Report of the Indian Hemp Drugs Commission, 1894-1895 - Volume I
Year: 1894
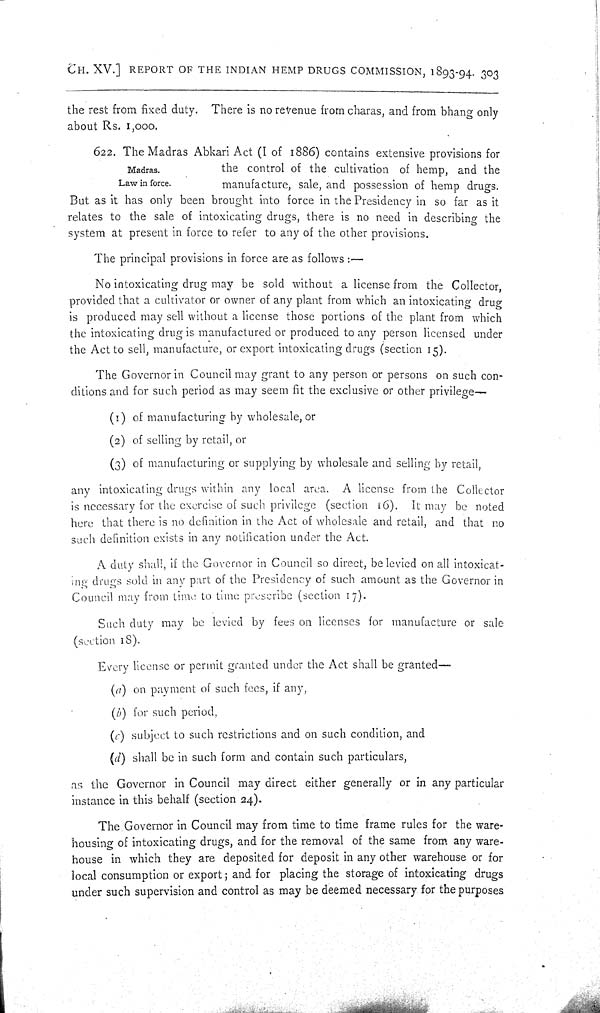
CH. XV.] REPORT OF THE INDIAN HEMP DRUGS COMMISSION, 1893-94. 303
the rest from fixed duty. There is no revenue from charas, and from bhang only
about Rs. 1,000.
Madras.
Law in force.
622. The Madras Abkari Act (1 of 1886) contains extensive provisions for
the control of the cultivation of hemp, and the
manufacture, sale, and possession of hemp drugs.
But as it has only been brought into force in the Presidency in so far as it
relates to the sale of intoxicating drugs, there is no need in describing the
system at present in force to refer to any of the other provisions.
The principal provisions in force are as follows:—
No intoxicating drug may be sold without a license from the Collector,
provided that a cultivator or owner of any plant from which an intoxicating drug
is produced may sell without a license those portions of the plant from which
the intoxicating drug is manufactured or produced to any person licensed under
the Act to sell, manufacture, or export intoxicating drugs (section 15).
The Governor in Council may grant to any person or persons on such con-
ditions and for such period as may seem fit the exclusive or other privilege—
(1) of manufacturing by wholesale, or
(2) of selling by retail, or
(3) of manufacturing or supplying by wholesale and selling by retail,
any intoxicating drugs within any local area. A license from the Collector
is necessary for the exercise of such privilege (section 16). It may be noted
here that there is no definition in the Act of wholesale and retail, and that no
such definition exists in any notification under the Act.
A duty shall, if the Governor in Council so direct, be levied on all intoxicat-
ing drugs sold in any part of the Presidency of such amount as the Governor in
Council may from time to time prescribe (section 17).
Such duty may be levied by fees on licenses for manufacture or sale
(section 18).
Every license or permit granted under the Act shall be granted—
(a) on payment of such fees, if any,
(b) for such period,
(c) subject to such restrictions and on such condition, and
(d) shall be in such form and contain such particulars,
as the Governor in Council may direct either generally or in any particular
instance in this behalf (section 24).
The Governor in Council may from time to time frame rules for the ware-
housing of intoxicating drugs, and for the removal of the same from any ware-
house in which they are deposited for deposit in any other warehouse or for
local consumption or export; and for placing the storage of intoxicating drugs
under such supervision and control as may be deemed necessary for the purposes